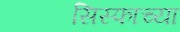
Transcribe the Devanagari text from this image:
सिस्फाच्या